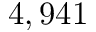
4 , 9 4 1